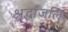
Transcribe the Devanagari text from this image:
श्रद्धाँजलि